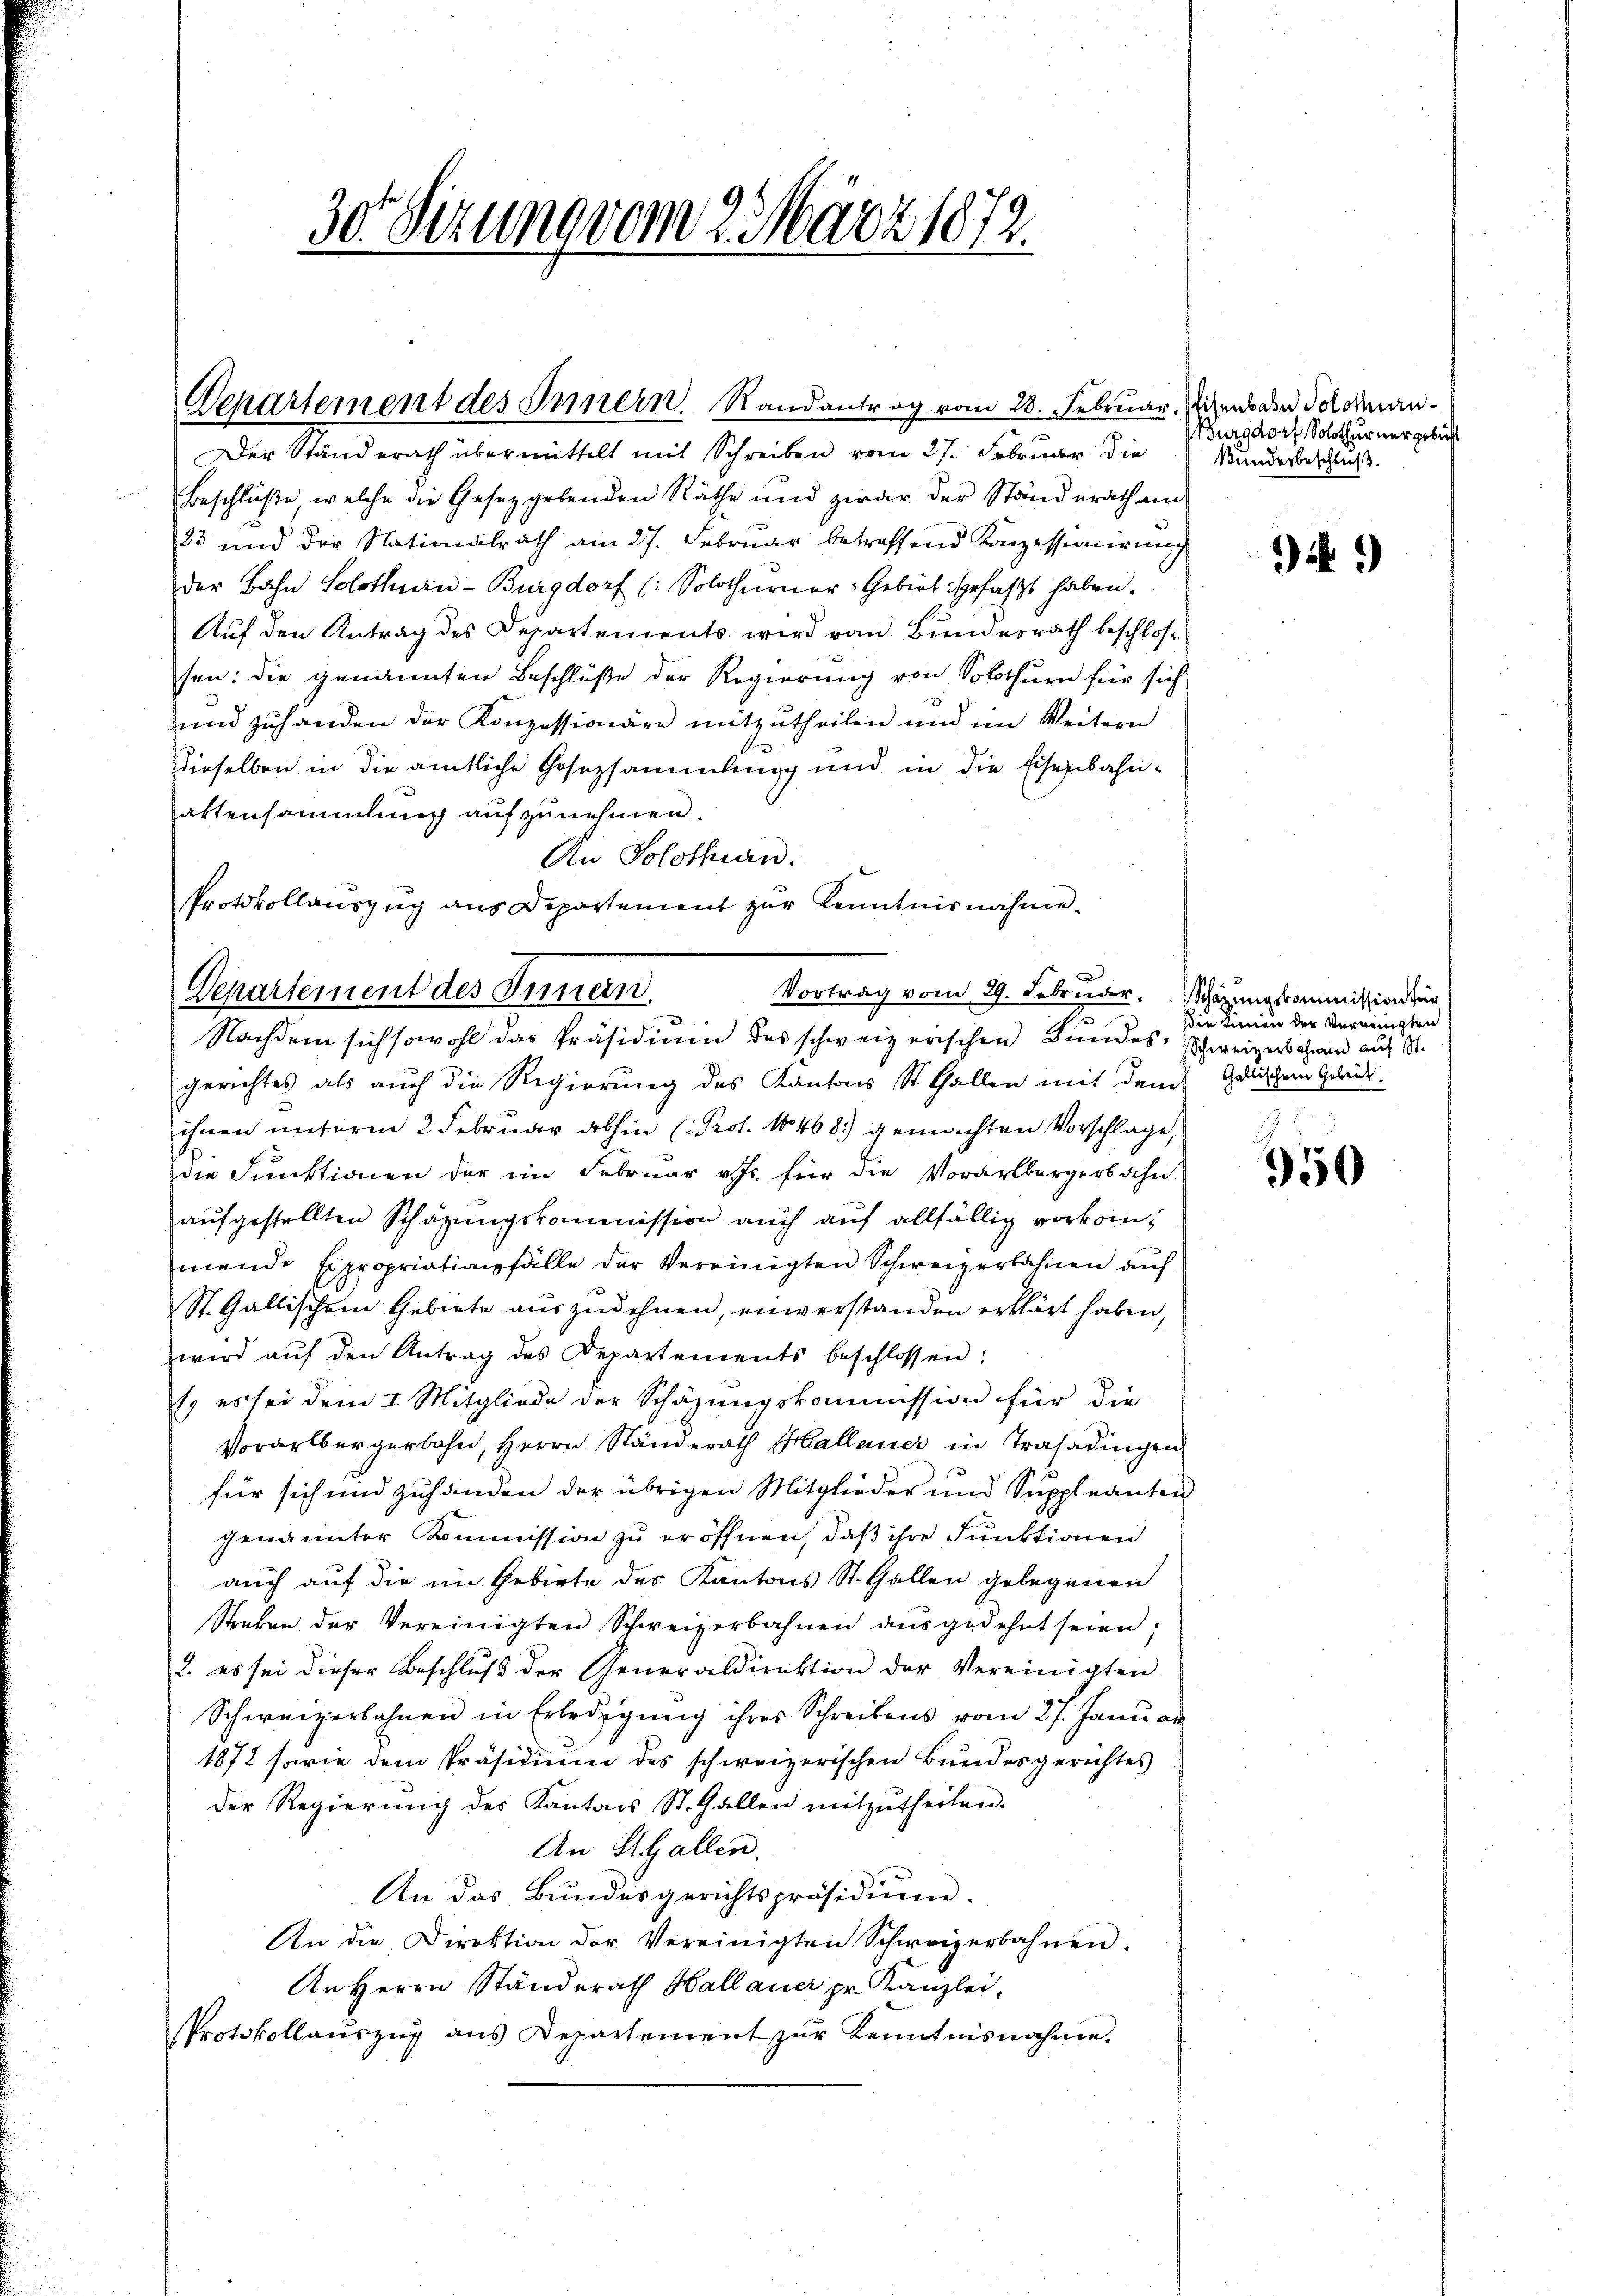
30. Sizung vom 23 März 1872.

Separtement des Innern. Randantrag vom 28. Februar.

Der Standerath übermittelt mit Schreiben vom 27. Februar die
Beschluße welche die Gesetzgebenden Räthe und zwar der Ständerath am
23 und der Nationalrath am 27. Februar betreffend Konzessionirung
der Bahn Solothurn-Burgdorf (: Solothurner Gebiet gefasst haben.
Auf den Antrag des Departements wird von Bundesrath beschlossen: die genannten Beschlüße der Regierung von Solothurn für sich
und zŭ handen der Konzessionäre mitzŭtheilen und im Weitern
Dieselben in die amtliche Hosezsammlung und in die Eisenbahnaktensammlung aufzunehmen.
An Solothurn.
Protokollauszug aus Departement zur Kenntnisnahme.

Vortrag vom 29. Februder.
Departement des Innern.
Nachdem sich sowohl das Präsidium des schweizerischen Bundes-Schweizer schwer auf S.

gerichtes als auch die Regierung des Kantons St. Gallen mit dem Galischem Gebäud
ihnen unserm 2 Februar abhin (Prot. 1468) gemachten Vorschlage,
die Funktionen der im Februar v. Js. für die Vorarlbergers ihn
aŭfgestellten Schazungskommission auch auf allfällig vorkommende Expropriationsfälle der Vereinigten Schweizerbahnen auf
St. Gallischem Gebiete auszudehnen, einverstanden erklärt haben,
wird aŭf den Antrag des Departements beschlossen:
1. es sei dem I. Mitgliede der Schäzungskommission für die
Vorarlbergerbahn, Herrn Ständerath Hallauer in Trasadingen
für sich und zuhänden der übrigen Mitglieder und Suppleanten
genannter Kommission zu eröffnen, daß ihre Funktionen
auch auf die im Gebirte des Kantons St. Gallen gelegenen
Streben der Vereinigten Schweizerbahnen aŭsgedehnt seien.
2. es sei dieser Beschlŭβ der Generaldirektion der Vereinigten
Schweizerbahnen in Erledigung ihres Schreibens vom 27. Januar
1872 sowie dem Präsidium des schweizerischen Bundesgerichtes
Der Regierŭng des Kantons St. Gallen mitzŭtheilen.
An St. Gallen.
An das Bundesgerichtspräsidium.
An die Direktion der Vereinigten Schweizerbahnen.
An Herrn Ständerath Hallauer pr. Kanzlei-
sProtokollaŭszŭg ans Departement zŭr Kenntnisnahme.

Weisenbare Solothurn¬
Burgdorf Solothurner gebill
Bundesbeschluß.

N 9

Schazungskommission für
Die Limon der Vereinigten

3
350